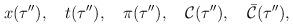
LaTeX: \begin{align*}x(\tau''),\quad t(\tau''),\quad\pi(\tau''),\quad{\cal C}(\tau''),\quad{\bar {\cal C}}(\tau''),\end{align*}